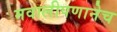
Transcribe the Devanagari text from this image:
मवालीपणानेच